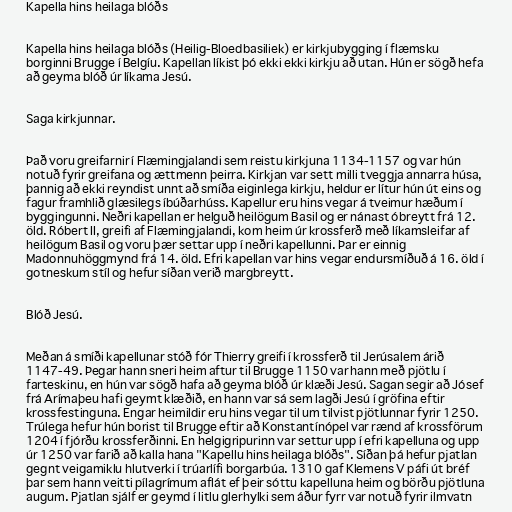
Kapella hins heilaga blóðs

Kapella hins heilaga blóðs (Heilig-Bloedbasiliek) er kirkjubygging í flæmsku
borginni Brugge í Belgíu. Kapellan líkist þó ekki ekki kirkju að utan. Hún er sögð hefa
að geyma blóð úr líkama Jesú.

Saga kirkjunnar.

Það voru greifarnir í Flæmingjalandi sem reistu kirkjuna 1134-1157 og var hún
notuð fyrir greifana og ættmenn þeirra. Kirkjan var sett milli tveggja annarra húsa,
þannig að ekki reyndist unnt að smíða eiginlega kirkju, heldur er lítur hún út eins og
fagur framhlið glæsilegs íbúðarhúss. Kapellur eru hins vegar á tveimur hæðum í
byggingunni. Neðri kapellan er helguð heilögum Basil og er nánast óbreytt frá 12.
öld. Róbert II, greifi af Flæmingjalandi, kom heim úr krossferð með líkamsleifar af
heilögum Basil og voru þær settar upp í neðri kapellunni. Þar er einnig
Madonnuhöggmynd frá 14. öld. Efri kapellan var hins vegar endursmíðuð á 16. öld í
gotneskum stíl og hefur síðan verið margbreytt.

Blóð Jesú.

Meðan á smíði kapellunar stóð fór Thierry greifi í krossferð til Jerúsalem árið
1147-49. Þegar hann sneri heim aftur til Brugge 1150 var hann með pjötlu í
farteskinu, en hún var sögð hafa að geyma blóð úr klæði Jesú. Sagan segir að Jósef
frá Arímaþeu hafi geymt klæðið, en hann var sá sem lagði Jesú í gröfina eftir
krossfestinguna. Engar heimildir eru hins vegar til um tilvist pjötlunnar fyrir 1250.
Trúlega hefur hún borist til Brugge eftir að Konstantínópel var rænd af krossförum
1204 í fjórðu krossferðinni. En helgigripurinn var settur upp í efri kapelluna og upp
úr 1250 var farið að kalla hana "Kapellu hins heilaga blóðs". Síðan þá hefur pjatlan
gegnt veigamiklu hlutverki í trúarlífi borgarbúa. 1310 gaf Klemens V páfi út bréf
þar sem hann veitti pílagrímum aflát ef þeir sóttu kapelluna heim og börðu pjötluna
augum. Pjatlan sjálf er geymd í litlu glerhylki sem áður fyrr var notuð fyrir ilmvatn